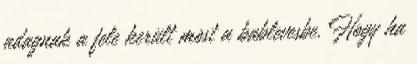
adagnak a fele került most a bablevesbe. Hogy ha